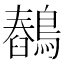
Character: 𪅖